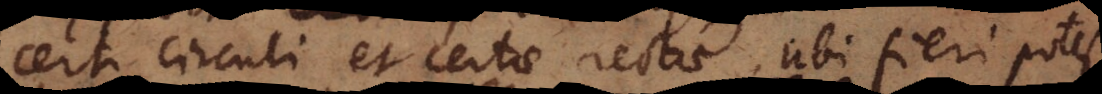
certi circuli et certae rectae, ubi fieri potest